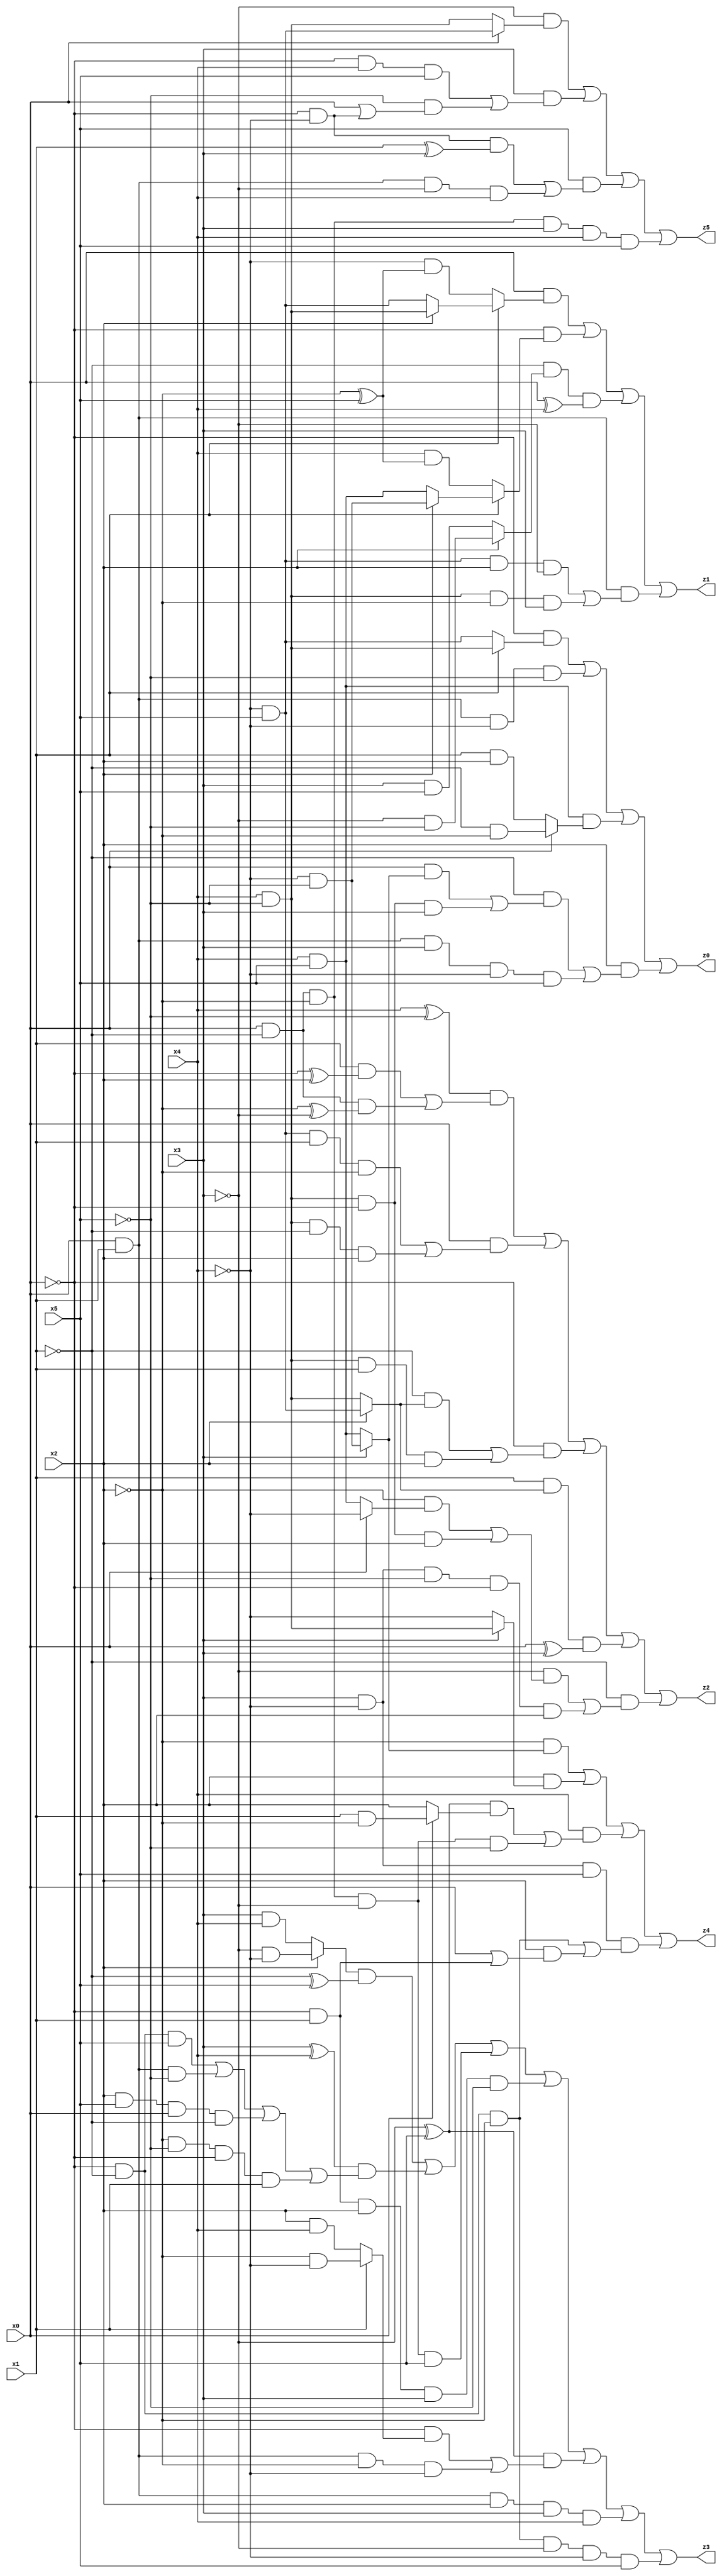
// Benchmark "X_23" written by ABC on Thu Jun 29 04:07:49 2023

module X_23 ( 
    x0, x1, x2, x3, x4, x5,
    z0, z1, z2, z3, z4, z5  );
  input  x0, x1, x2, x3, x4, x5;
  output z0, z1, z2, z3, z4, z5;
  assign z0 = (~x0 & (x1 ? (x4 & ~x5) : (~x4 & x5))) | (x0 & x1 & ~x4 & ~x5) | (x4 & x5 & (x0 ? (~x1 & ~x2) : (x1 & x2))) | (x2 & ((~x1 & ((x0 & (x3 ? (~x4 & ~x5) : (x4 & x5))) | (x4 & ~x5 & ~x0 & x3))) | (x0 & x1 & x3 & ~x4 & x5)));
  assign z1 = (x0 & (x1 ? (x2 ? (x4 & ~x5) : (~x4 & x5)) : (~x4 & (~x2 ^ x5)))) | (~x0 & (x1 ? (x2 ? (~x4 & ~x5) : (x4 & x5)) : (x4 & (~x2 ^ x5)))) | (~x1 & (x2 ? (~x3 & ~x5) : (x3 & x5)) & (x0 ^ x4)) | (x0 & x1 & ((~x4 & x5 & x2 & ~x3) | (x4 & ~x5 & ~x2 & x3)));
  assign z2 = ((x4 ^ ~x5) & ((x1 & (~x0 ^ x2)) | (x0 & ~x1 & (~x2 ^ ~x3)))) | (x0 & ((~x4 & x5 & x1 & ~x2) | (x4 & ~x5 & ~x1 & x2))) | (~x0 & ((~x1 & (x2 ? (~x4 & x5) : (x4 & ~x5))) | (x4 & ~x5 & x1 & x2))) | (x1 & (x2 ? (~x4 & x5) : (x4 & ~x5)) & (x0 ^ x3)) | (~x1 & ((~x3 & ((~x2 & (x0 ? ~x4 : (x4 & x5))) | (x4 & ~x5 & ~x0 & x2))) | (x3 & ~x4 & ~x5 & ~x0 & x2)));
  assign z3 = ((x2 ? (~x3 & ~x4) : (x3 & x4)) & (~x1 ^ x5)) | ((x3 ^ x4) & ((~x0 & ~x1 & x5) | (x0 & x1 & ~x5) | (x2 & x5 & x0 & ~x1) | (~x2 & ~x5 & ~x0 & x1))) | (x0 & ~x1 & ~x2 & ~x3 & x5) | (~x0 & x1 & x2 & x3 & ~x5) | ((~x3 ^ x5) & ((~x0 & (x1 ? (~x2 & ~x4) : (x2 & x4))) | (x0 & x1 & ~x2 & ~x4))) | (x0 & x1 & x2 & x3 & x4) | (~x0 & ~x1 & ~x2 & ~x3 & ~x4 & x5);
  assign z4 = (~x2 & (x3 ? (~x4 & ~x5) : (x4 & x5))) | (x2 & (x3 ? (x4 & ~x5) : ~x4)) | (x4 & (((~x3 ^ x5) & (x0 ? (x1 & ~x2) : x2)) | (x0 & ~x1 & ~x2 & ~x3 & ~x5))) | (x3 & ~x4 & x5 & ((~x0 & ~x1 & ~x2) | (x2 & (x0 | (~x0 & x1)))));
  assign z5 = (~x3 & (x0 ? (~x4 & x5) : (x4 & ~x5))) | (x3 & ((~x0 & x4 & x5) | (~x5 & (x0 | (~x0 & ~x4))))) | (x5 & ((~x0 & ~x4 & (x1 ^ x3)) | (x0 & x1 & ~x3 & x4))) | (x0 & ~x1 & ~x2 & x3 & x4 & x5);
endmodule